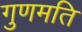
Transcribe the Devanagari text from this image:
गुणमति